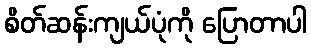
စိတ်ဆန်းကျယ်ပုံကို ပြောတာပါ